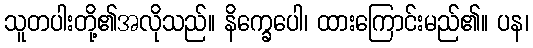
သူတပါးတို့၏အလိုသည်။ နိက္ခေပေါ၊ ထားကြောင်းမည်၏။ ပန၊